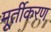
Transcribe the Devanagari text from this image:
मूर्तीकरण